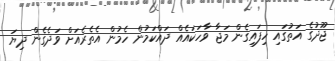
ޖޫދުގެ އަތުގައި ހިފައިގެން މަޖާ ވާހަކައެއް ދައްކަމުން ހެމުން އެތެރެއަށް ވަދެގެން ދިޔަ